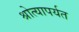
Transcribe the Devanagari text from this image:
श्रोत्यापर्यत